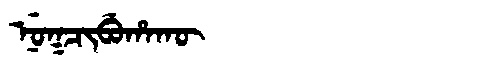
Manchu: ᠨᡠᡴᠴᡳᠪᡠᡥᠠᡴᡡ
Romanization: NUKCIBUHAKŪ